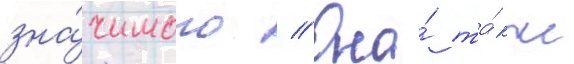
зна́чимого // Она́ та́кже